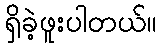
ရှိခဲ့ဖူးပါတယ်။